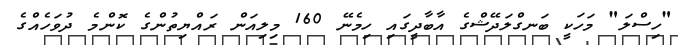
"ހިސްލަ" މަހަކީ ބަނގްލަދޭޝްގެ އާބާދީގައި ހިމެނޭ 160 މިލިއަން ރައްޔިތުންގެ ކޮންމެ ދުވަހެއްގެ